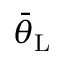
\bar { \theta } _ { \mathrm { { L } } }